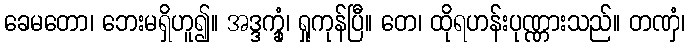
ခေမတော၊ ဘေးမရှိဟူ၍။ အဒ္ဒက္ခုံ၊ ရှုကုန်ပြီ။ တေ၊ ထိုရဟန်းပုဏ္ဏားသည်။ တဏှံ၊